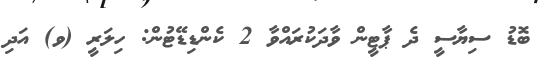
ބޮޑު ސިޔާސީ ދެ ޕާޓީން ވާދަކުރައްވާ 2 ކެންޑިޑޭޓުން: ހިލަރީ (ވ) އަދި